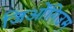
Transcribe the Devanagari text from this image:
जिओंगिउम